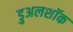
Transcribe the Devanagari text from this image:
डुअलशॉक